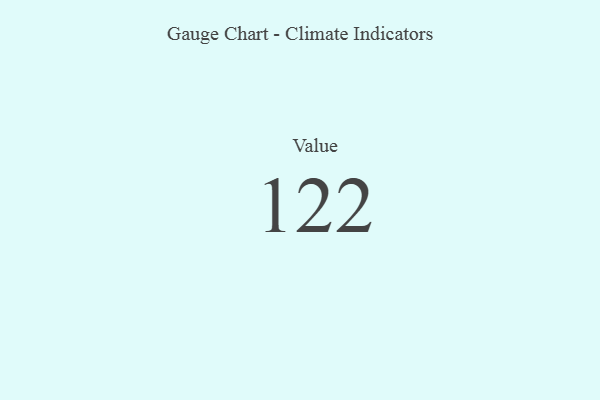
{"axis": {"x": "Metric", "y": "Value"}, "legend": [""], "data": [{"x": "Value", "y": 122, "type": ""}]}